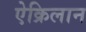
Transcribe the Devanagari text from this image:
ऐक्रिलान